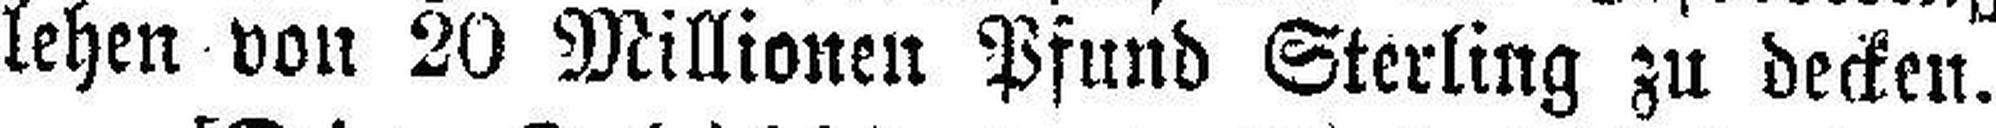
lehen von 20 Millionen Pfund Sterling zu decken.